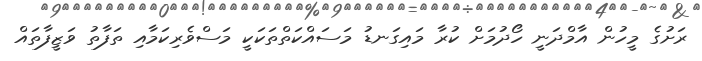
ރަށުގެ މީހުން އާމްދަނީ ހޯދުމަށް ކުރާ މައިގަނޑު މަސައްކަތްތަކަކީ މަސްވެރިކަމާއި ތަފާތު ވަޒީފާތައް